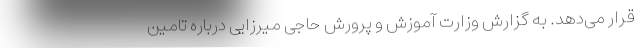
قرار می‌دهد. به گزارش وزارت آموزش و پرورش حاجی میرزایی درباره تامین